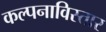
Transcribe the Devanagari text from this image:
कल्पनाविस्तार